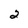
Character: 2